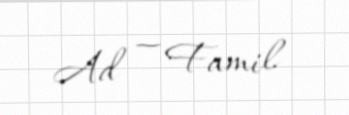
Ad — Famil